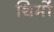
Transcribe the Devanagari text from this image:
थिमों